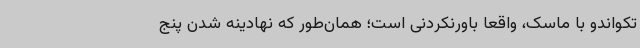
تکواندو با ماسک، واقعا باورنکردنی است؛ همان‌طور که نهادینه شدن پنج